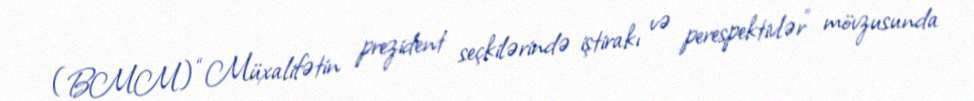
(BMM) “Müxalifətin prezident seçkilərində iştirakı və perespektivlər” mövzusunda